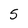
Character: 5